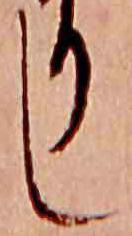
し